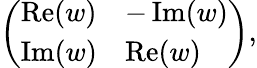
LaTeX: {\left(\begin{array}{ll}{\operatorname{Re}(w)}&{-\operatorname{Im}(w)}\\ {\operatorname{Im}(w)}&{\operatorname{Re}(w)}\end{array}\right)},